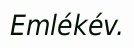
Emlékév.